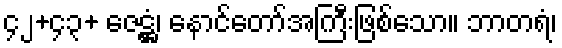
၄၂+၄၃+ ဇေဋ္ဌံ၊ နောင်တော်အကြီးဖြစ်သော။ ဘာတရံ၊